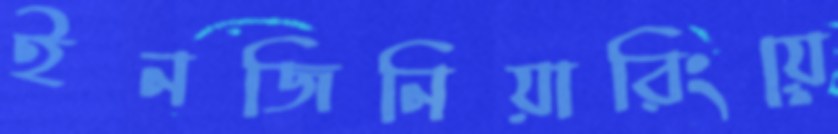
ইনজিনিয়ারিংয়ে